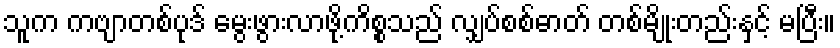
သူက ကဗျာတစ်ပုဒ် မွေးဖွားလာဖို့ကိစ္စသည် လျှပ်စစ်ဓာတ် တစ်မျိုးတည်းနှင့် မပြီး။